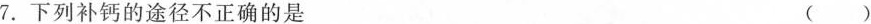
7.下列补钙的途径不正确的是 ()